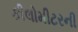
કીલોમીટરની